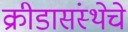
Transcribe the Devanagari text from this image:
क्रीडासंस्थेचे